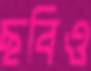
ছবিও